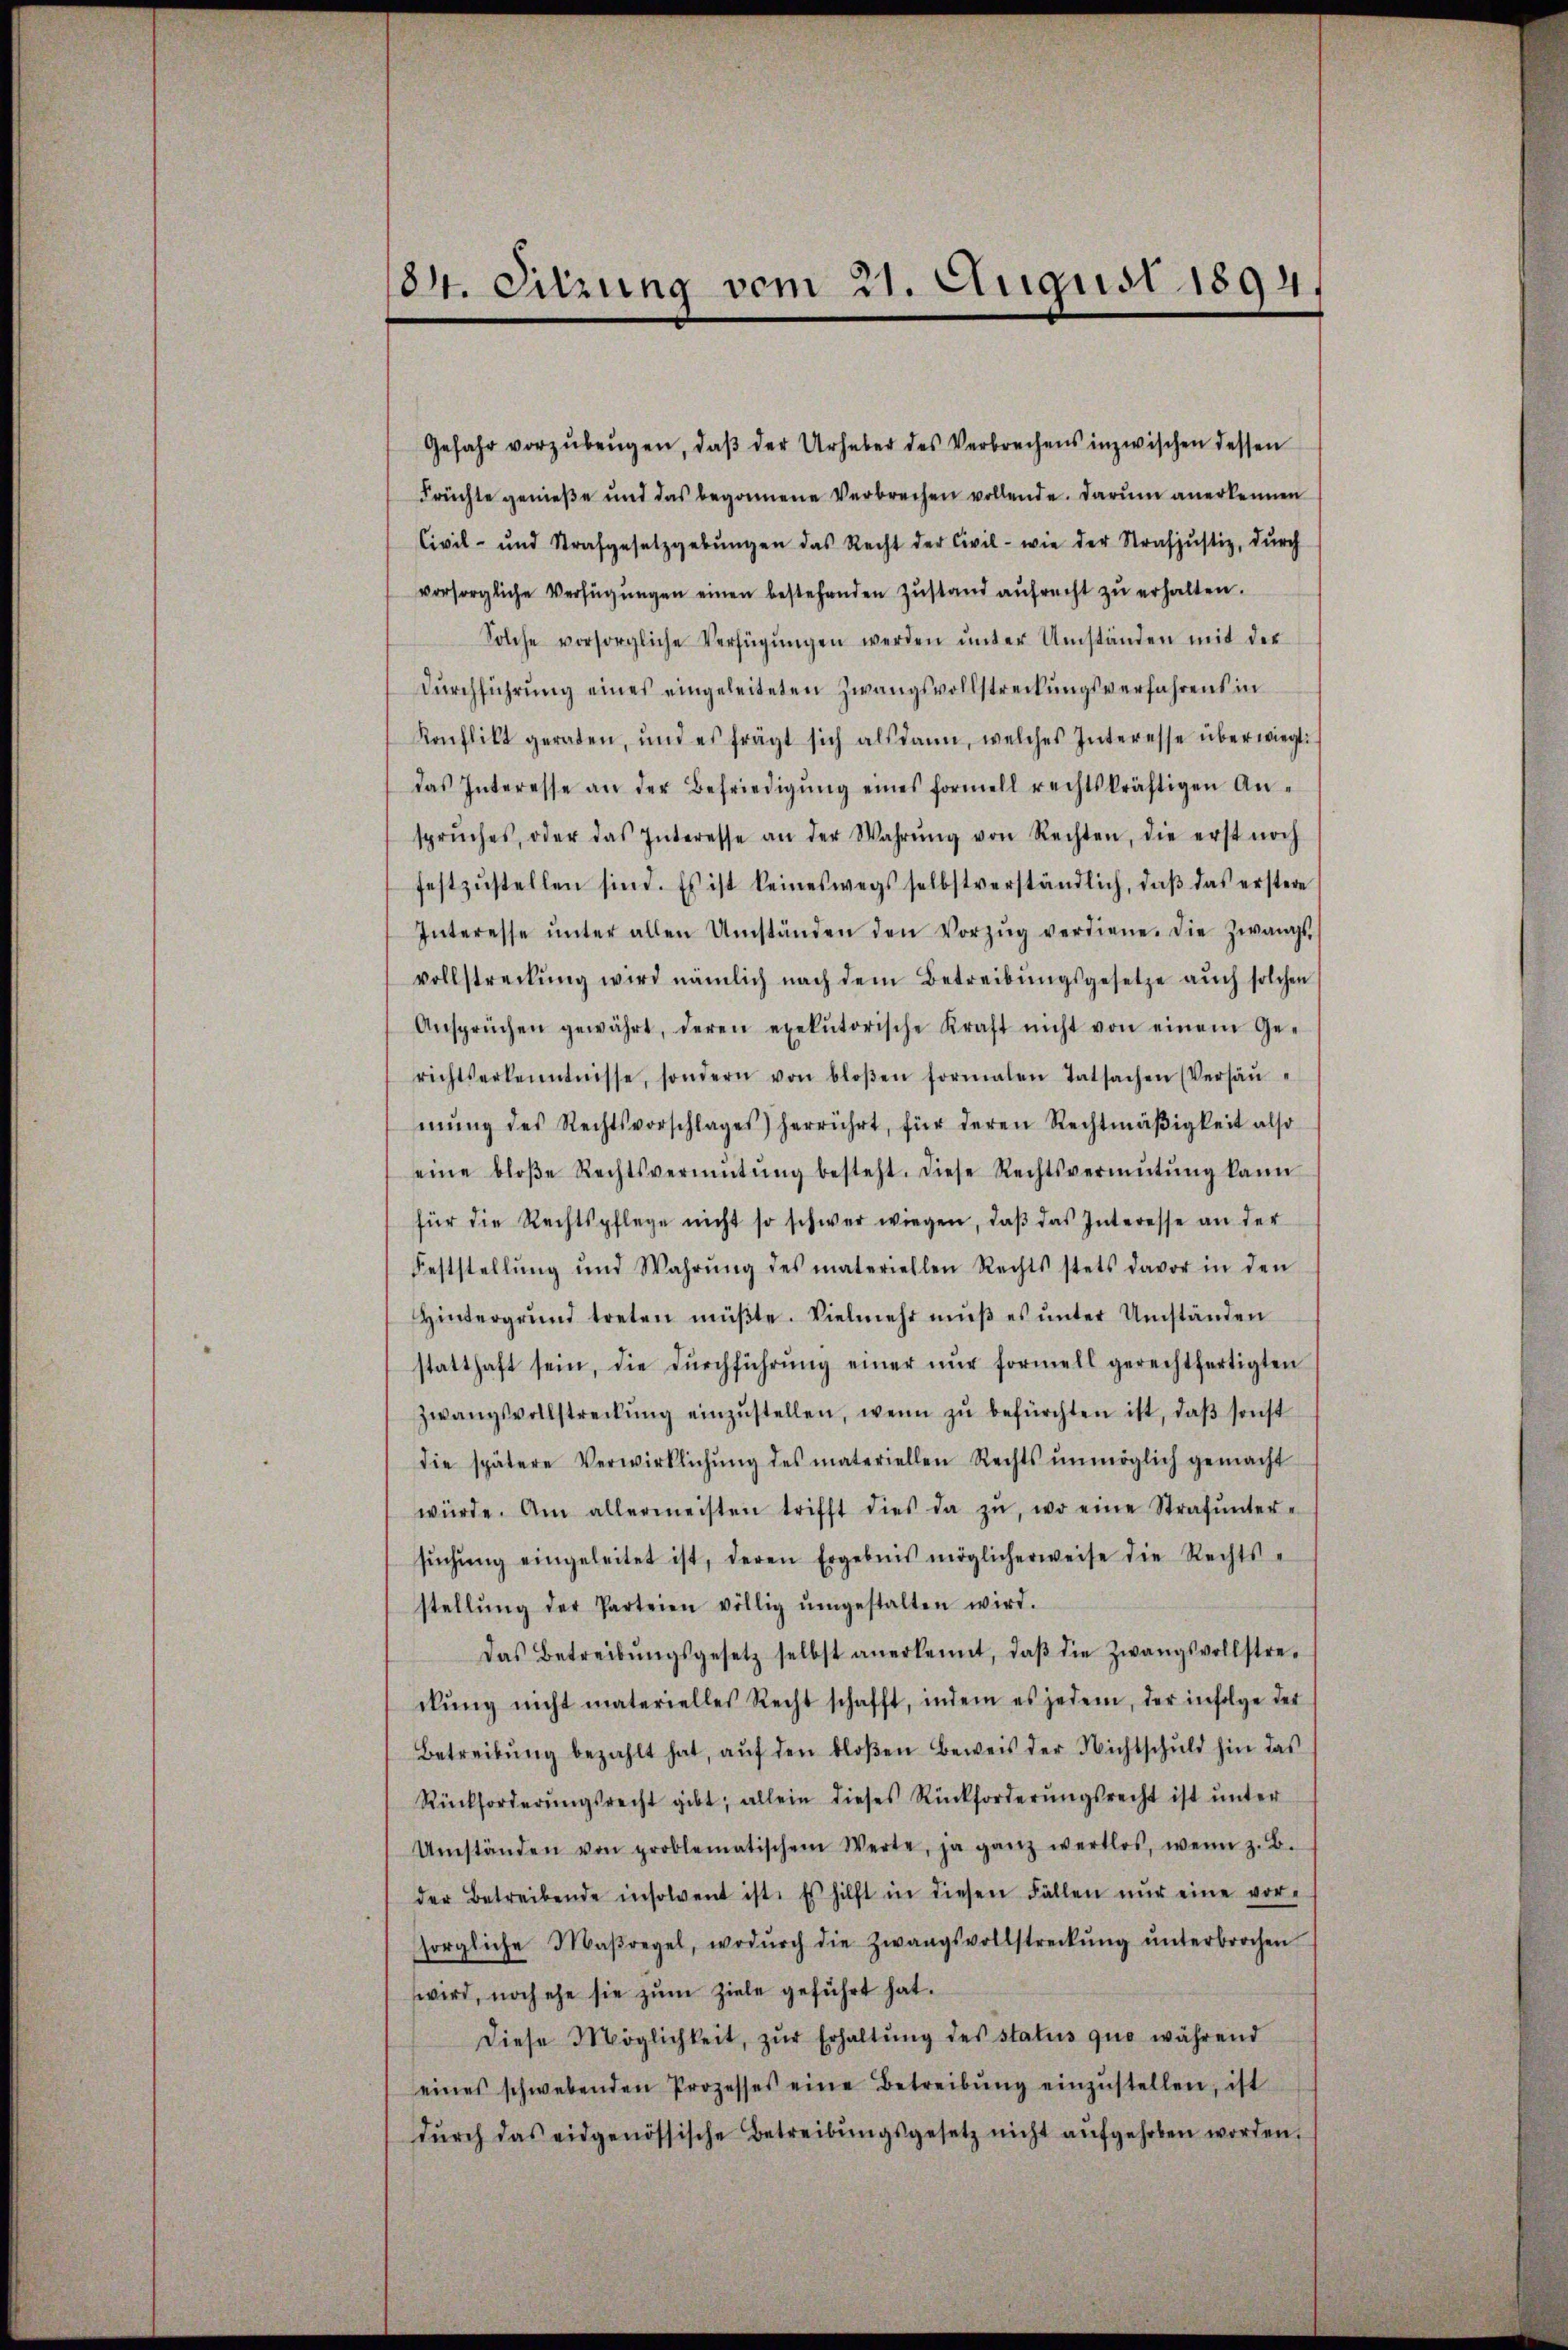
184. Sitzung vom 21. August 1894.

Gefahr vorzŭbeŭgen, daβ der Urheber des Verbrechens inzwischen dessen
Früchte genieße und das begonnene Verbrechen vollende. Darum anerkennen
Civil- und Strafgesetzgebŭngen das Recht der Civil- wie der Strafjustiz, dŭrch
vorsorgliche Verfügŭngen einen bestehenden Zustand aŭfrecht zu erhalten.
Solche vorsorgliche Verfügŭngen werden ŭnter Umständen mit der
Dŭrchführŭng eines eingeleiteten Zwangsvollstreckungsverfahrens in
Konflikt geraden, und es frägt sich alsdann, welches Interesse überwiegt
das Interesse an der Befriedigŭng eines formell rechtskräftigen An-
sprŭches, oder das Interesse an der Wahrŭng von Rechten, die erst noch
festzŭstellen sind. Es ist keineswegs selbstverständlich, daβ das erstere
Interesse ŭnter allen Umständen den Vorzŭg verdiene. die Zwangs-
vollstreckŭng wird nämlich nach dem Betreibŭngsgesetze auch solchen
Ansprüchen gewährt, deren exekutorische Kraft nicht von einem Ge-
richtserkenntnisse, sondern von bloβen formalen Tatsachen (Versäŭ-
mŭng des Rechtsvorschlages) herrührt, für deren Rechtmäβigkeit also
eine bloβe Rechtsvermŭtŭng besteht. Diese Rechtsvermŭtŭng kann
für die Rechtspflege nicht so schwer wiegen, daβ das Interesse an der
Feststellŭng und Wahrŭng des materiellen Rechts stets davor in den
Hintergrund treten müβte. Vielmehr mŭβ es ŭnter Umständen
statthaft sein, die Dŭrchführŭng einer nŭr formell gerechtfertigten
zwangsvollstreckŭng einzŭstellen, wenn zŭ befürchten ist, daβ sonst
die spätere Verwirklichŭng des materiellen Rechts unmöglich gemacht
würde. Am allermeisten trifft dies da zŭ, wo eine Strafŭnter-
sŭchŭng eingeleitet ist, deren Ergebnis möglicherweise die Rechts-
stellŭng der Parteien völlig ŭmgestalten wird.
Das Betreibŭngsgesetz selbst anerkennt, daβ die Zwangsvollstre-
ckŭng nicht materielles Recht schafft, indem es jedem, der infolge der
Betreibŭng bezahlt hat, aŭf den bloßen Beweis der Nichtschuld hin das
Rückforderŭngsrecht gibt, allein dieses Rückforderŭngsrecht ist ŭnter
Umständen von problematischem Werte, ja ganz wertlos, wenn z. B.
der Betreibende insolvent ist. Es hilft in diesen Fällen nŭr eine vor-
sorgliche Maßregel, wodŭrch die Zwangsvollstreckŭng ŭnterbrochen
wird, noch ehe sie zum Ziele geführt hat.
diese Möglichkeit, zŭr Erhaltŭng des status quo während
eines schwebenden Prozesses eine Betreibŭng einzŭstellen, ist
dŭrch das eidgenössische Betreibŭngsgesetz nicht aŭfgehoben worden.